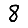
Digit: 8